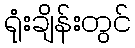
ရုံးချိန်းတွင်